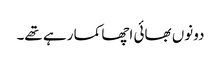
دونوں بھائی اچھا کما رہے تھے۔